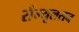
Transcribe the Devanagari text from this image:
सैम्यूलसन